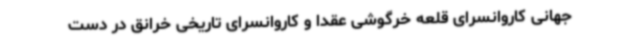
جهانی کاروانسرای قلعه خرگوشی عقدا و کاروانسرای تاریخی خرانق در دست